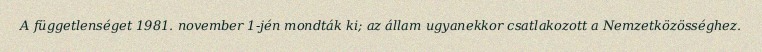
A függetlenséget 1981. november 1-jén mondták ki; az állam ugyanekkor csatlakozott a Nemzetközösséghez.